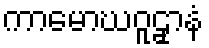
ကာမောဃဝူဠှာနံ